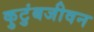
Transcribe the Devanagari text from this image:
कुटुंबजीवन